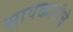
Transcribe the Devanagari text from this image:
सायकलीचे